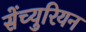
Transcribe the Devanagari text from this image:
सेंच्युरियन